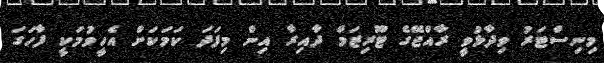
މިނިސްޓަރު ވިދާޅުވީ ރާއްޖޭގެ ޓޫރިޒަމް ދާއިރާ އިން މިފަދަ ކަމަކަށް އެހީވުމަކީ ފާހަގަ